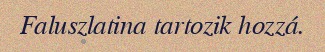
Faluszlatina tartozik hozzá.